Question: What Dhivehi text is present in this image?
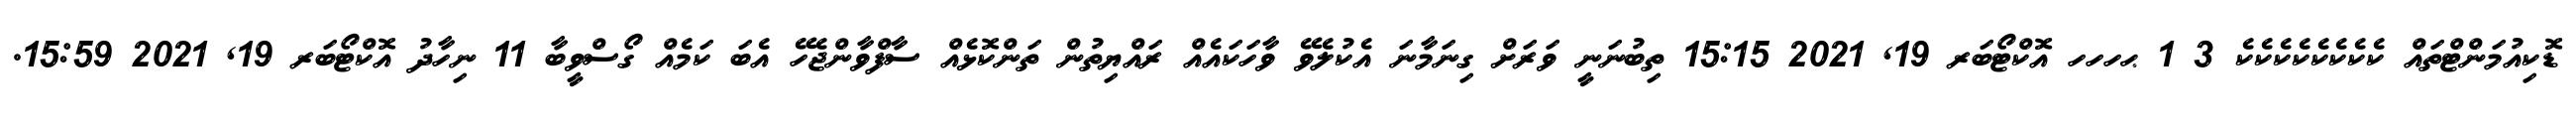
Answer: ޑޮކިއުމަންޓްތައް ކެކެކެކެކެކެކެކެ 3 1 ޙހހހ އޮކްޓޯބަރ 19, 2021 15:15 ތިބުނަނީ ވަރަށް ގިނަމާނަ އެކުލެވޭ ވާހަކައެއް ރައްޔިތުން ތަންކޮޅެއް ސާފްވާންޖެހޭ އެބަ ކަމެއް ގޯސްވީބާ 11 ނިހާދު އޮކްޓޯބަރ 19, 2021 15:59.